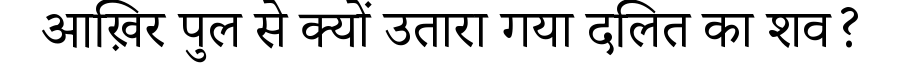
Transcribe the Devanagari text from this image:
आख़िर पुल से क्यों उतारा गया दलित का शव?